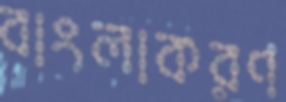
বাংলাকরণ